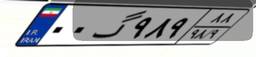
۰۰گ۹۸۹۸۸